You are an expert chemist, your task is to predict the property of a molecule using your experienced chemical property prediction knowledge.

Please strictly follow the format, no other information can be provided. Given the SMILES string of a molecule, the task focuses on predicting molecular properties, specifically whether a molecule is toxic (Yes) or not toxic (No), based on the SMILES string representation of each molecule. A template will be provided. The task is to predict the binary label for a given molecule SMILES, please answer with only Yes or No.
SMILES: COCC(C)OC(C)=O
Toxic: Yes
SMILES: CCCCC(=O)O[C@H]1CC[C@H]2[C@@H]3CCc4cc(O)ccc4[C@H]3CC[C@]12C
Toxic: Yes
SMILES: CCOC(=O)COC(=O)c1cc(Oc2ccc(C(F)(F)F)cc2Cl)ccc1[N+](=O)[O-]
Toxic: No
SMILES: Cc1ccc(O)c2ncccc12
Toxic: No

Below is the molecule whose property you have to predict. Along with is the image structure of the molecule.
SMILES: CC(C)(C)NC[C@H](O)c1ccc(O)cc1Cl
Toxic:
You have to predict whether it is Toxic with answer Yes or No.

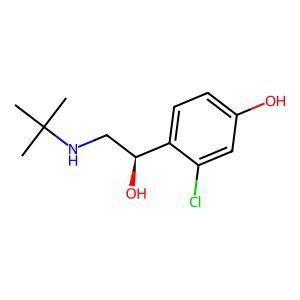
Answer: No